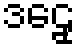
ဒဠှေ